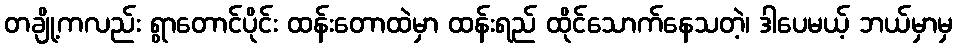
တချို့ကလည်း ရွာတောင်ပိုင်း ထန်းတောထဲမှာ ထန်းရည် ထိုင်သောက်နေသတဲ့၊ ဒါပေမယ့် ဘယ်မှာမှ